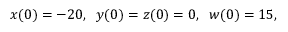
x ( 0 ) = - 2 0 , \; \; y ( 0 ) = z ( 0 ) = 0 , \; \; w ( 0 ) = 1 5 ,